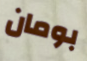
بومان